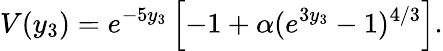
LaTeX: V(y_{3})=e^{-5y_{3}}\left[-1+\alpha(e^{3y_{3}}-1)^{4/3}\right].